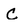
Character: C